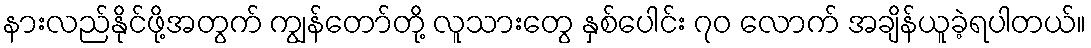
နားလည်နိုင်ဖို့အတွက် ကျွန်တော်တို့ လူသားတွေ နှစ်ပေါင်း ၇၀ လောက် အချိန်ယူခဲ့ရပါတယ်။